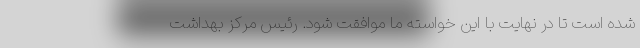
شده است تا در نهایت با این خواسته ما موافقت شود. رئیس مرکز بهداشت